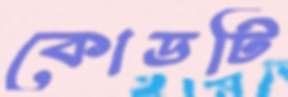
কোডটি